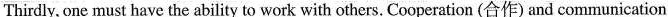
Thirdly, one must have the ability to work with others. Cooperation (合作) and communication